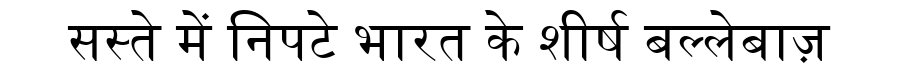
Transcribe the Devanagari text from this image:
सस्ते में निपटे भारत के शीर्ष बल्लेबाज़